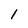
Character: 1